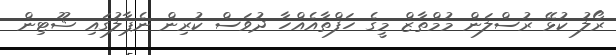
ރޯލު ކުޅޭ ރުސްލަން މުމްތާޒް މީގެ ހަފްތާއެއްހާ ދުވަސް ކުރިން ނެޕާލުގައި ޝޫޓިން